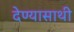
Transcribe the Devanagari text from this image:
देण्यासाथी